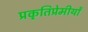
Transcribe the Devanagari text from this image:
प्रकृतिप्रेमीयों